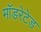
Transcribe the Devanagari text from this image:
मॉडरेटेड